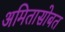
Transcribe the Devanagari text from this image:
अमितासोबत